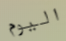
اليوم